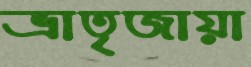
ভ্রাতৃজায়া